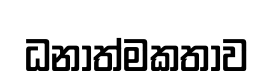
ධනාත්මකතාව